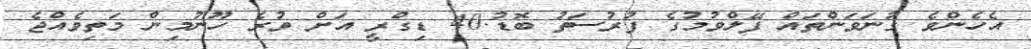
އެހެންވެ ގުނަވަންތައް ފޭލްވުމުގެ ފުރުސަތު ބޮޑު.40 ޑިގްރީ އަށް ވުރެ ހޫނުމިން މަތިވެއްޖެ